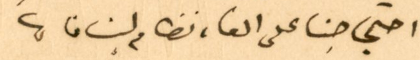
احتجاجنا على الغاء نظام لبنان،